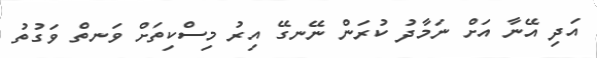
އަދި އޭނާ އަށް ނަމާދު ކުރަން ނޭނގޭ އިރު މިސްކިތަށް ވަނތް ވަގުތު